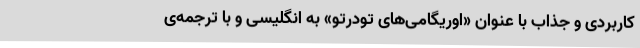
کاربردی و جذاب با عنوان «اوریگامی‌های تودرتو» به انگلیسی و با ترجمه‌ی